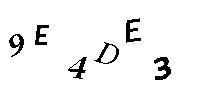
9E4DE3